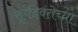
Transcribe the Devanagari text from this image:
सूर्यदेवतेच्या